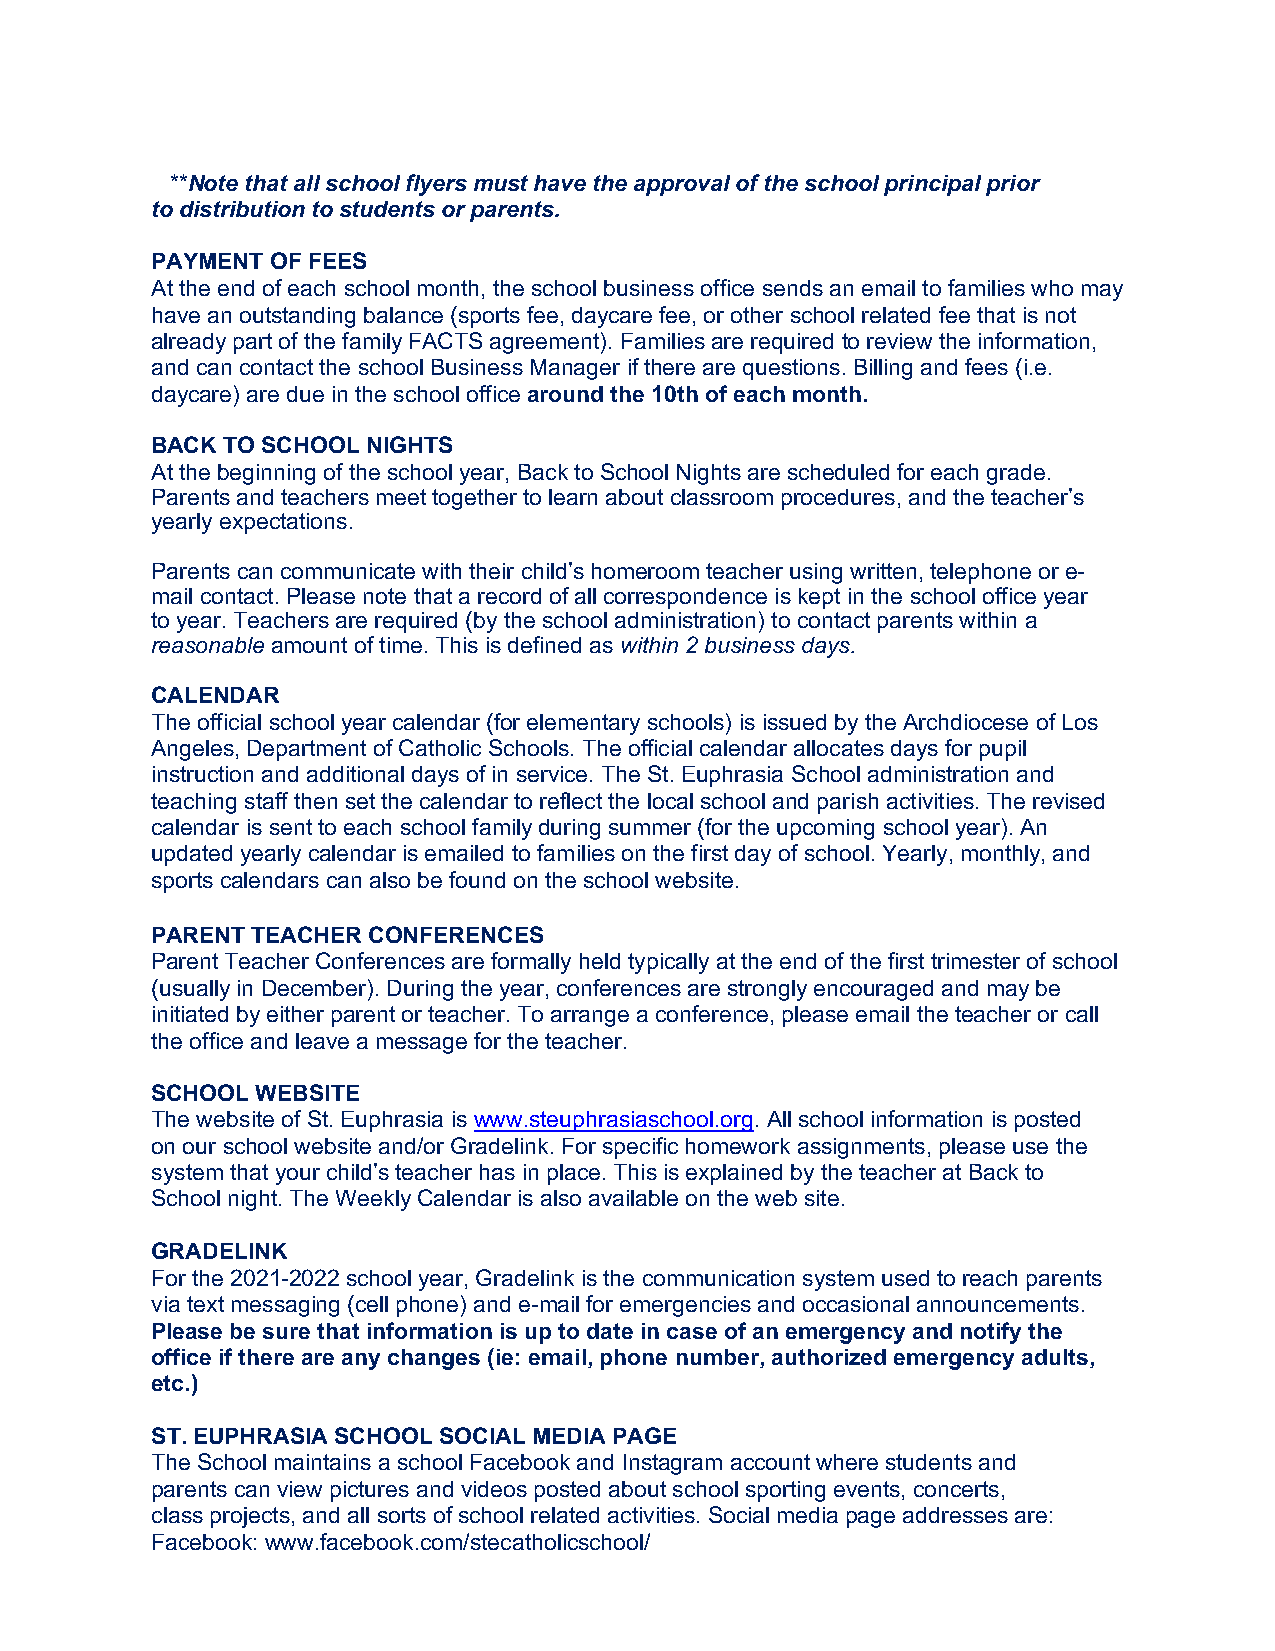
**Note that all school flyers must have the approval of the school principal prior
 to distribution to students or parents.
 PAYMENT OF FEES
 At the end of each school month, the school business office sends an email to families who may
 have an outstanding balance (sports fee, daycare fee, or other school related fee that is not
 already part of the family FACTS agreement). Families are required to review the information,
 and can contact the school Business Manager if there are questions. Billing and fees (i.e.
 daycare) are due in the school office around the 10th of each month.
 BACK TO SCHOOL NIGHTS
 At the beginning of the school year, Back to School Nights are scheduled for each grade.
 Parents and teachers meet together to learn about classroom procedures, and the teacher’s
 yearly expectations.
 Parents can communicate with their child’s homeroom teacher using written, telephone or e-
 mail contact. Please note that a record of all correspondence is kept in the school office year
 to year. Teachers are required (by the school administration) to contact parents within a
 reasonable amount of time. This is defined as within 2 business days.
 CALENDAR
 The official school year calendar (for elementary schools) is issued by the Archdiocese of Los
 Angeles, Department of Catholic Schools. The official calendar allocates days for pupil
 instruction and additional days of in service. The St. Euphrasia School administration and
 teaching staff then set the calendar to reflect the local school and parish activities. The revised
 calendar is sent to each school family during summer (for the upcoming school year). An
 updated yearly calendar is emailed to families on the first day of school. Yearly, monthly, and
 sports calendars can also be found on the school website.
 PARENT TEACHER CONFERENCES
 Parent Teacher Conferences are formally held typically at the end of the first trimester of school
 (usually in December). During the year, conferences are strongly encouraged and may be
 initiated by either parent or teacher. To arrange a conference, please email the teacher or call
 the office and leave a message for the teacher.
 SCHOOL WEBSITE
 The website of St. Euphrasia is www.steuphrasiaschool.org. All school information is posted
 on our school website and/or Gradelink. For specific homework assignments, please use the
 system that your child’s teacher has in place. This is explained by the teacher at Back to
 School night. The Weekly Calendar is also available on the web site.
 GRADELINK
 For the 2021-2022 school year, Gradelink is the communication system used to reach parents
 via text messaging (cell phone) and e-mail for emergencies and occasional announcements.
 Please be sure that information is up to date in case of an emergency and notify the
 office if there are any changes (ie: email, phone number, authorized emergency adults,
 etc.)
 ST. EUPHRASIA SCHOOL SOCIAL MEDIA PAGE
 The School maintains a school Facebook and Instagram account where students and
 parents can view pictures and videos posted about school sporting events, concerts,
 class projects, and all sorts of school related activities. Social media page addresses are:
 Facebook: www.facebook.com/stecatholicschool/